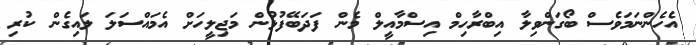
އެހެންނަމަވެސް ބޯގަންވިލާ އިބްރާހިމް އިސްމާއީލް މެން ފަދަބޭފުޅުން މަޖިލީހަށް އެމައްސަލަ ލައިގެން ކުރި